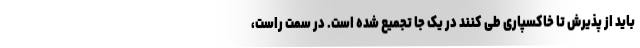
باید از پذیرش تا خاکسپاری طی کنند در یک جا تجمیع شده است. در سمت راست،